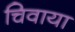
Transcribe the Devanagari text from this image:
चिवाया